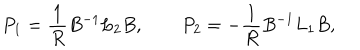
P _ { 1 } = { \frac { 1 } { R } } B ^ { - 1 } L _ { 2 } B , \qquad P _ { 2 } = - { \frac { 1 } { R } } B ^ { - 1 } L _ { 1 } B ,